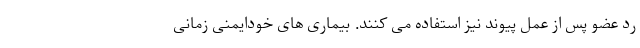
رد عضو پس از عمل پیوند نیز استفاده می کنند. بیماری های خودایمنی زمانی